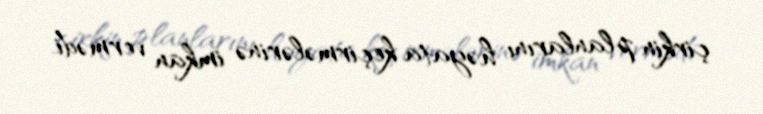
çirkin planlarını həyata keçirmələrinə imkan vermədi.